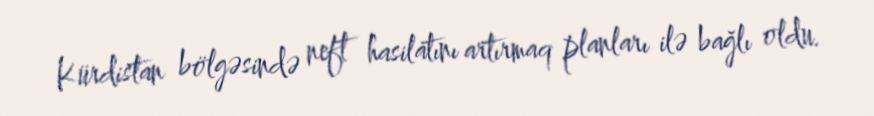
Kürdistan bölgəsində neft hasilatını artırmaq planları ilə bağlı oldu.